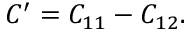
C ^ { \prime } = C _ { 1 1 } - C _ { 1 2 } .